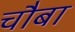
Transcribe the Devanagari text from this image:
चौबा